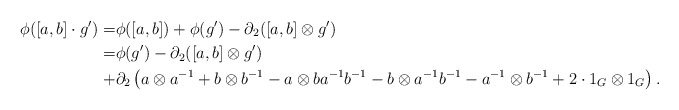
\begin{align*} \phi([a,b]\cdot g')=&\phi([a,b])+\phi(g')-\partial_2([a,b]\otimes g')\\ =& \phi(g')-\partial_2([a,b]\otimes g')\\ +& \partial_2\left( a\otimes a^{-1} +b\otimes b^{-1} -a\otimes b a^{-1} b^{-1} -b\otimes a^{-1}b^{-1} -a^{-1}\otimes b^{-1}+2 \cdot 1_G\otimes 1_G \right). \end{align*}